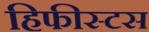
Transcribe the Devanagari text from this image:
हिफीस्टस